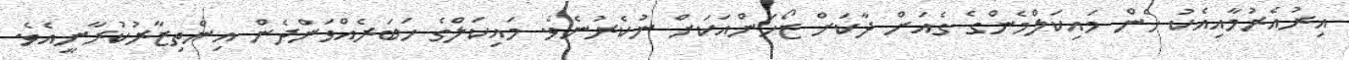
އިރުއެރުމާއިއެކު ހެން މައިކަލްމެންގެ ގެއަށް ދާކަށް ޒޯހަންއަކަށް ނުކެރުނެވެ. މައިކަލްގެ ޚަބަރެއްވަންދެން އިންތިޒާރުކުރާނީއެވެ.